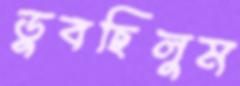
ডুবছিলুম